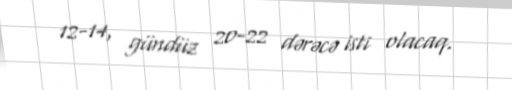
12-14, gündüz 20-22 dərəcə isti olacaq.